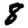
Digit: 8